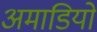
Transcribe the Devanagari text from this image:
अमाडियो